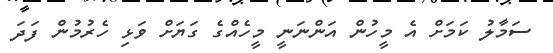
ސަމާލު ކަމަށް އެ މީހުން އަންނަނީ މީހެއްގެ ގަޔަށް ވަޅި ހެރުމުން ފަދަ